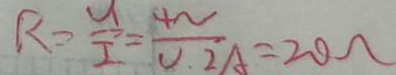
R = \frac { U } { I } = \frac { 4 N } { 0 . 2 A } = 2 0 \Omega